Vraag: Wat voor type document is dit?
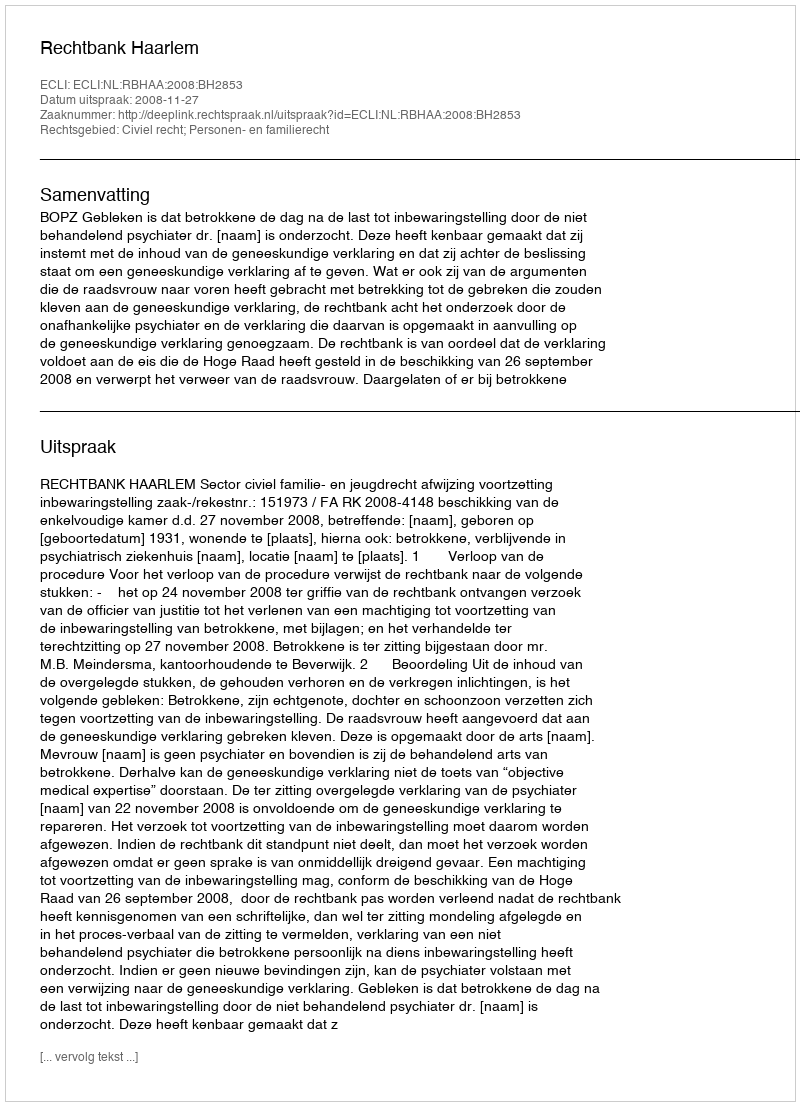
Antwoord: Uitspraak